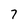
Character: 7